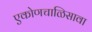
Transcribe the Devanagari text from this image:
एकोणचाळिसावा